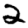
Digit: 2